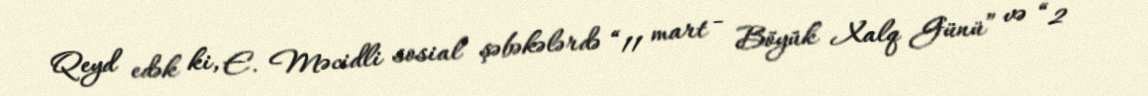
Qeyd edək ki, E. Məcidli sosial şəbəkələrdə “11 mart - Böyük Xalq Günü” və “2